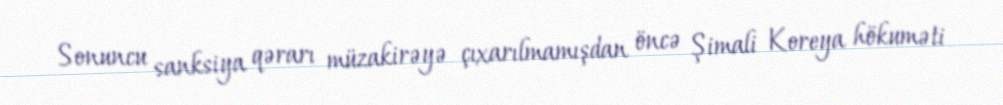
Sonuncu sanksiya qərarı müzakirəyə çıxarılmamışdan öncə Şimali Koreya hökuməti